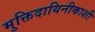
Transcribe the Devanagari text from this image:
मुक्तिदायिनीकाशी